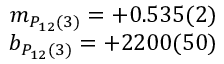
\begin{array} { r } { m _ { P _ { 1 2 } ( 3 ) } = + 0 . 5 3 5 ( 2 ) } \\ { b _ { P _ { 1 2 } ( 3 ) } = + 2 2 0 0 ( 5 0 ) } \end{array}